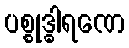
ပစ္စုဒ္ဓါရဏေ